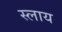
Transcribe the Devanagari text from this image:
स्लाय